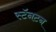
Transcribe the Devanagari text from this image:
स्टॅनटन